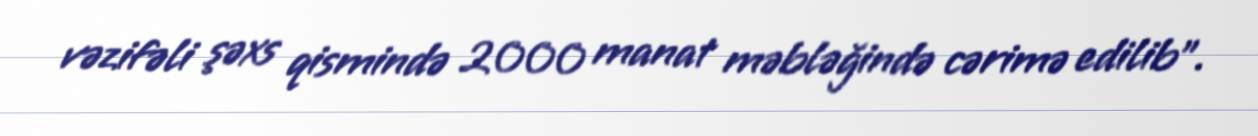
vəzifəli şəxs qismində 2000 manat məbləğində cərimə edilib”.